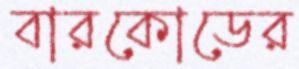
বারকোডের